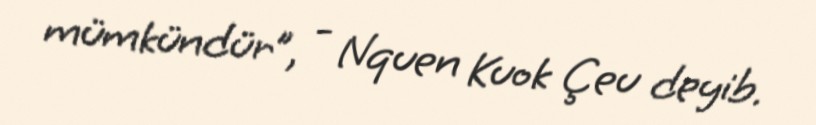
mümkündür”, - Nquen Kuok Çeu deyib.